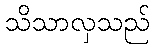
သိသာလှသည်